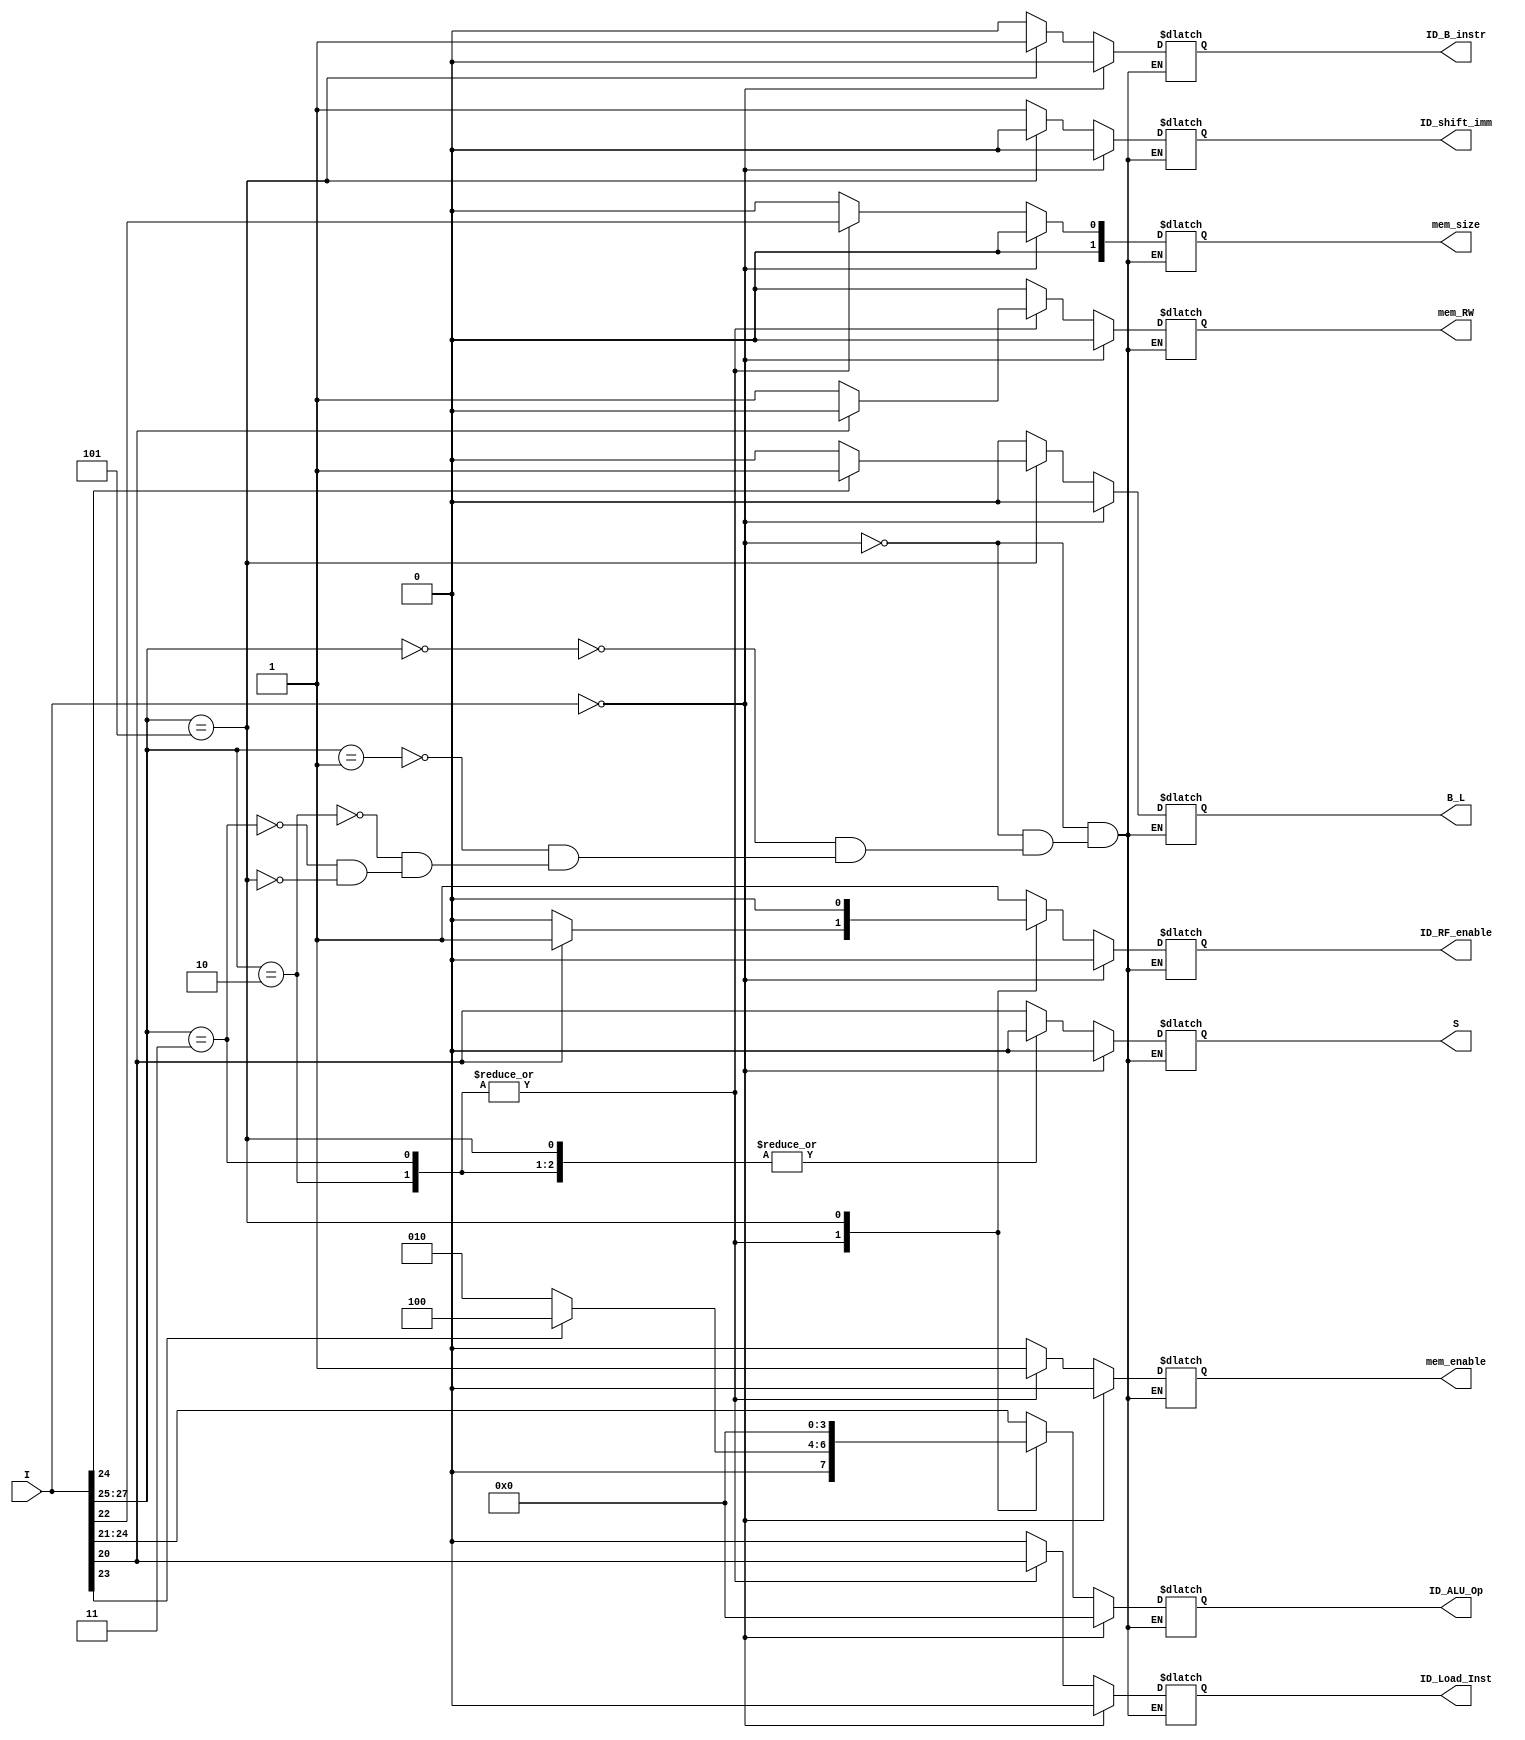
module Control_Unit (
    output reg ID_shift_imm,
    output reg [3:0] ID_ALU_Op,
    output reg [1:0] mem_size,
    output reg mem_enable,
    output reg mem_RW,
    output reg ID_Load_Inst,
    output reg S,
    output reg ID_RF_enable,
    output reg ID_B_instr,
    output reg B_L,
    input [31:0] I
    );
    always@ (I) begin
        if(I == 32'b00000000000000000000000000000000) begin    // NOP
            ID_shift_imm = 1'b0;
            S = 1'b0;
            ID_ALU_Op = 4'b0000;
            ID_RF_enable = 1'b0;
            ID_B_instr = 1'b0;
            mem_size = 2'b00;
            B_L = 1'b0; 
            mem_enable = 1'b0;
            mem_RW = 1'b0;
            ID_Load_Inst = 1'b0;
        end else case(I[27:25])
            3'b000:begin        // Data Processing Imm Shift
                    ID_shift_imm = 1'b1;
                    S = I[20];
                    ID_ALU_Op = I[24:21];
                    ID_RF_enable = 1'b1;
                    ID_B_instr = 1'b0;
                    B_L = 1'b0;
                    mem_size = 2'b00;
                    mem_enable = 1'b0;
                    mem_RW = 1'b0;
                    ID_Load_Inst = 1'b0;
                end
            3'b001:begin        // Data Processing Imm
                    ID_shift_imm = 1'b1;
                    S = I[20];
                    ID_ALU_Op = I[24:21]; 
                    ID_RF_enable = 1'b1; 
                    ID_B_instr = 1'b0;
                    B_L = 1'b0;
                    mem_size = 2'b00;
                    mem_enable = 1'b0;
                    mem_RW = 1'b0;
                    ID_Load_Inst = 1'b0;
                end
            3'b010:begin        // Load Store imm offset
                S = 1'b0;
                ID_Load_Inst = I[20]; 
                ID_shift_imm = 1'b1;
                ID_B_instr = 1'b0;
                B_L = 1'b0;
                mem_enable = 1'b1;
                mem_size = I[22];    // ???
                // Store
                if(I[20] == 1'b0) begin 
                    ID_RF_enable = 1'b0;
                    mem_RW = 1'b1;
                end
                // Load
                else begin
                    ID_RF_enable = 1'b1; 
                    mem_RW = 1'b0;
                end 
                if(I[23] == 1) begin
                    ID_ALU_Op = 4'b0100; // add
                end
                else begin
                    ID_ALU_Op = 4'b0010; // subtract  
                end    
            end
            3'b011:begin        // Load Store reg offset
                S = 1'b0;
                ID_shift_imm = 1'b1; 
                ID_Load_Inst = I[20];
                mem_size = I[22];
                ID_B_instr = 1'b0;
                B_L = 1'b0;
                mem_enable = 1'b1;
                // plus sign
                if(I[23]== 1'b1) begin 
                    ID_ALU_Op = 4'b0100;
                end
                // minus sign
                else begin  
                    ID_ALU_Op = 4'b0010; 
                end
                // S
                if(I[20] == 1'b0) begin
                    ID_RF_enable = 1'b0;
                    mem_RW = 1'b1;
                end 
                // L
                else begin
                    ID_RF_enable = 1'b1; 
                    mem_RW = 1'b0;
                end
            end
            3'b101:begin        // B/L
                    ID_shift_imm = 1'b0;
                    ID_B_instr = 1'b1;
                    mem_enable = 1'b0;
                    S = 1'b0;  
                    ID_Load_Inst = 1'b0;  
                    ID_RF_enable = 1'b0;
                    mem_RW = 1'b0;
                    mem_size = 2'b00;  
                    ID_ALU_Op = 4'b0000;               
                    // Branch
                    if(I[24] == 1'b0) begin // ???
                        B_L = 1'b0;
                    end 
                    else begin 
                        // Link 
                        B_L = 1'b1;
                    end
                end
        endcase
    end
endmodule